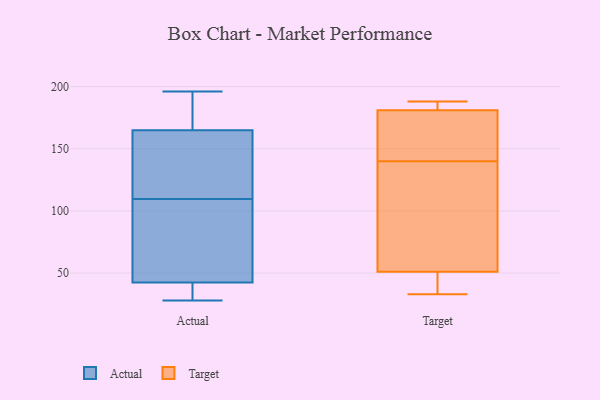
{"axis": {"x": "Tickets Resolved", "y": "Value"}, "legend": ["Actual", "Target"], "data": [{"x": "", "y": 55, "type": "Actual"}, {"x": "", "y": 164, "type": "Actual"}, {"x": "", "y": 196, "type": "Actual"}, {"x": "", "y": 136, "type": "Actual"}, {"x": "", "y": 46, "type": "Actual"}, {"x": "", "y": 166, "type": "Actual"}, {"x": "", "y": 28, "type": "Actual"}, {"x": "", "y": 39, "type": "Actual"}, {"x": "", "y": 30, "type": "Actual"}, {"x": "", "y": 83, "type": "Actual"}, {"x": "", "y": 149, "type": "Actual"}, {"x": "", "y": 177, "type": "Actual"}, {"x": "", "y": 37, "type": "Target"}, {"x": "", "y": 162, "type": "Target"}, {"x": "", "y": 132, "type": "Target"}, {"x": "", "y": 51, "type": "Target"}, {"x": "", "y": 33, "type": "Target"}, {"x": "", "y": 188, "type": "Target"}, {"x": "", "y": 87, "type": "Target"}, {"x": "", "y": 181, "type": "Target"}, {"x": "", "y": 148, "type": "Target"}, {"x": "", "y": 181, "type": "Target"}, {"x": "", "y": 167, "type": "Target"}, {"x": "", "y": 33, "type": "Target"}, {"x": "", "y": 186, "type": "Target"}, {"x": "", "y": 70, "type": "Target"}]}